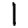
Digit: 1